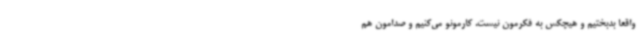
واقعا بدبختیم و هیچکس به فکرمون نیست. کارمونو می‌کنیم و صدامون هم